[Report on the health of British troops in the Madras command]
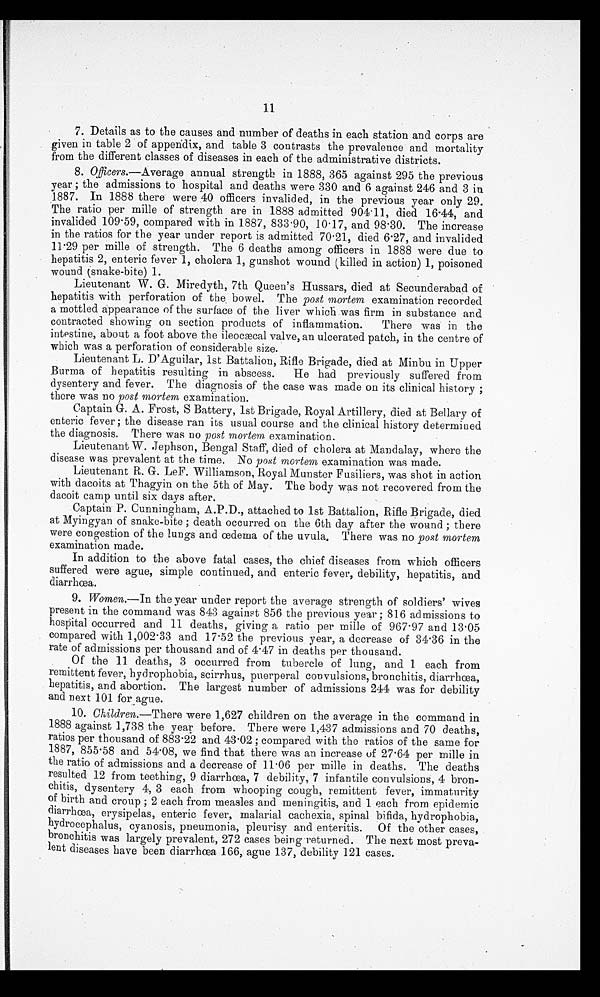
11
7. Details as to the causes and number of deaths in each station and corps are
given in table 2 of appendix, and table 3 contrasts the prevalence and mortality
from the different classes of diseases in each of the administrative districts.
8.
Officers .—Average annual strength in 1888, 365 against 295 the previous
year ; the admissions to hospital and deaths were 330 and 6 against 246 and 3 in
1887. In 1888 there were 40 officers invalided, in the previous year only 29.
The ratio per mille of strength are in 1888 admitted 904.11, died 16.44, and
invalided 109.59, compared with in 1887, 833.90, 10.17, and 98.30. The increase
in the ratios for the year under report is admitted 70.21, died 6.27, and invalided
11.29 per mille of strength. The 6 deaths among officers in 1888 were due to
hepatitis 2, enteric fever 1, cholera 1, gunshot wound (killed in action) 1, poisoned
wound (snake-bite) 1.
Lieutenant W. G. Miredyth, 7th Queen's Hussars, died at Secunderabad of
hepatitis with perforation of the bowel. The post mortem examination recorded
a mottled appearance of the surface of the liver which was firm in substance and
contracted showing on section products of inflammation. There was in the
intestine, about a foot above the ileocæcal valve, an ulcerated patch, in the centre of
which was a perforation of considerable size.
Lieutenant L. D'Aguilar, 1st Battalion, Rifle Brigade, died at Minbu in Upper
Burma of hepatitis resulting in abscess. He had previously suffered from
dysentery and fever. The diagnosis of the case was made on its clinical history ;
there was no post mortem examination.
Captain G. A. Frost, S Battery, 1st Brigade, Royal Artillery, died at Bellary of
enteric fever ; the disease ran its usual course and the clinical history determined
the diagnosis. There was no post mortem examination.
Lieutenant W. Jephson, Bengal Staff, died of cholera at Mandalay, where the
disease was prevalent at the time, No post mortem examination was made.
Lieutenant R. G. LeF. Williamson, Royal Munster Fusiliers, was shot in action
with dacoits at Thagyin on the 5th of May. The body was not recovered from the
dacoit camp until six days after.
Captain P. Cunningham, A.P.D., attached to 1st Battalion, Rifle Brigade, died
at Myingyan of snake-bite ; death occurred on the 6th day after the wound ; there
were congestion of the lungs and œdema of the uvula. There was no post mortem
examination made.
In addition to the above fatal cases, the chief diseases from which officers
suffered were ague, simple continued, and enteric fever, debility, hepatitis, and
diarrhœa.
9.
Women .—In the year under report the average strength of soldiers' wives
present in the command was 843 against 856 the previous year ; 816 admissions to
hospital occurred and 11 deaths, giving a ratio per mille of 967.97 and 13.05
compared with 1,002.33 and 17.52 the previous year, a decrease of 34.36 in the
rate of admissions per thousand and of 4.47 in deaths per thousand.
Of the 11 deaths, 3 occurred from tubercle of lung, and 1 each from
remittent fever, hydrophobia, scirrhus, puerperal convulsions, bronchitis, diarrhœa,
hepatitis, and abortion. The largest number of admissions 244 was for debility
and next 101 for ague.
10.
Children .—There were 1,627 children on the average in the command in
1888 against 1,738 the year before. There were 1,437 admissions and 70 deaths,
ratios per thousand of 883.22 and 43.02 ; compared with the ratios of the same for
1887, 855.58 and 54.08, we find that there was an increase of 27.64 per mille in
the ratio of admissions and a decrease of 11.06 per mille in deaths. The deaths
resulted 12 from teething, 9 diarrhœa, 7 debility, 7 infantile convulsions, 4 bron-
chitis, dysentery 4, 3 each from whooping cough, remittent fever, immaturity
of birth and croup ; 2 each from measles and meningitis, and 1 each from epidemic
diarrhœa, erysipelas, enteric fever, malarial cachexia, spinal bifida, hydrophobia,
hydrocephalus, cyanosis, pneumonia, pleurisy and enteritis. Of the other cases,
bronchitis was largely prevalent, 272 cases being returned. The next most preva-
lent diseases have been diarrhœa 166, ague 137, debility 121 cases.